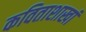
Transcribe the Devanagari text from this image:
कविताशाखां